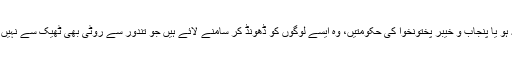
وفاقی کابینہ ہو یا پنجاب و خیبر پختونخوا کی حکومتیں، وہ ایسے لوگوں کو ڈھونڈ کر سامنے لائے ہیں جو تندور سے روٹی بھی ٹھیک سے نہیں لگوا سکتے۔